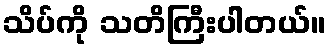
သိပ်ကို သတိကြီးပါတယ်။